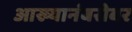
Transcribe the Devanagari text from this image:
आख्यानंबरोबर